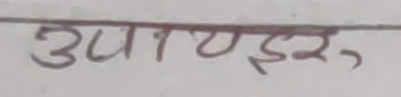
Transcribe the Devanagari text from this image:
उपाएर,